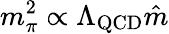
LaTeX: m_{\pi}^{2}\propto\Lambda_{\mathrm{QCD}}\hat{m}